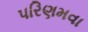
પરિણમવા